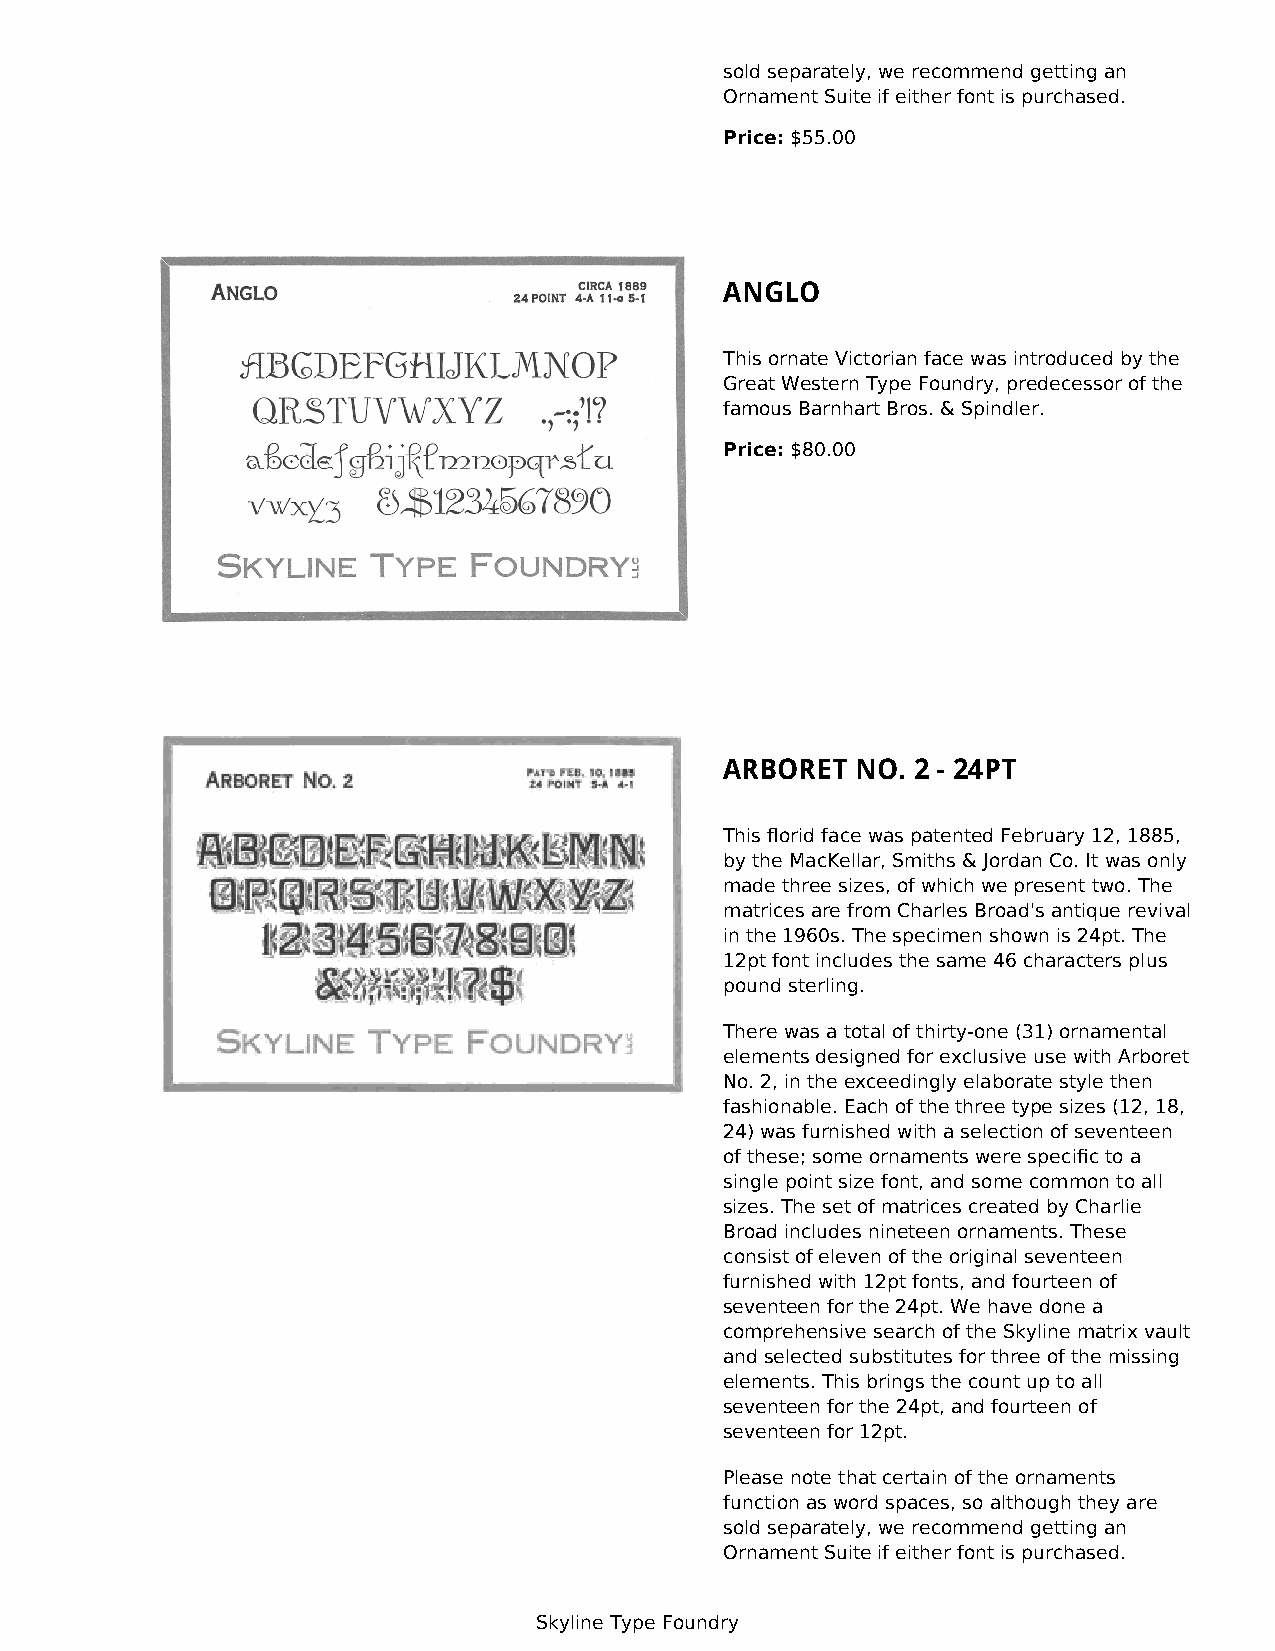
sold separately, we recommend getting an
 Ornament Suite if either font is purchased.
 Price: $55.00
 ANGLO
 This ornate Victorian face was introduced by the
 Great Western Type Foundry, predecessor of the
 famous Barnhart Bros. & Spindler.
 Price: $80.00
 ARBORET  NO. 2 - 24PT
 This florid face was patented February 12, 1885,
 by the MacKellar, Smiths & Jordan Co. It was only
 made three sizes, of which we present two. The
 matrices are from Charles Broad's antique revival
 in the 1960s. The specimen shown is 24pt. The
 12pt font includes the same 46 characters plus
 pound sterling.
 There was a total of thirty-one (31) ornamental
 elements designed for exclusive use with Arboret
 No. 2, in the exceedingly elaborate style then
 fashionable. Each of the three type sizes (12, 18,
 24) was furnished with a selection of seventeen
 of these; some ornaments were specific to a
 single point size font, and some common to all
 sizes. The set of matrices created by Charlie
 Broad includes nineteen ornaments. These
 consist of eleven of the original seventeen
 furnished with 12pt fonts, and fourteen of
 seventeen for the 24pt. We have done a
 comprehensive search of the Skyline matrix vault
 and selected substitutes for three of the missing
 elements. This brings the count up to all
 seventeen for the 24pt, and fourteen of
 seventeen for 12pt.
 Please note that certain of the ornaments
 function as word spaces, so although they are
 sold separately, we recommend getting an
 Ornament Suite if either font is purchased.
 Skyline Type Foundry